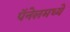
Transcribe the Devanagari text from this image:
पॅनेलमध्ये